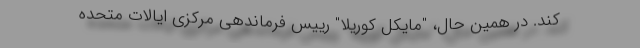
کند. در همین حال، "مایکل کوریلا" رییس فرماندهی مرکزی ایالات متحده